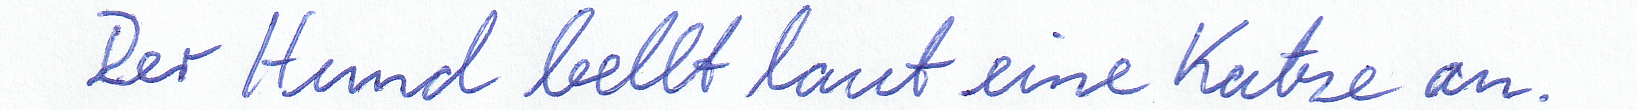
Der Hund bellt laut eine Katze an.